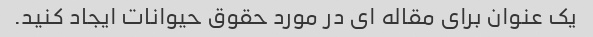
یک عنوان برای مقاله ای در مورد حقوق حیوانات ایجاد کنید.